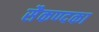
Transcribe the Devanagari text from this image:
सैकण्दका